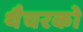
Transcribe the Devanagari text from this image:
थैचरको